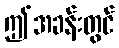
ဤအခန်းတွင်